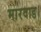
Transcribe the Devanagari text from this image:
मारवाड।